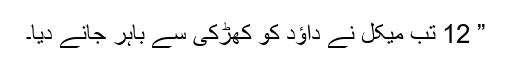
” 12 تب میکل نے داؤد کو کھڑکی سے باہر جانے دیا۔